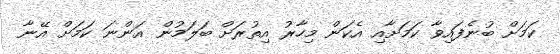
ކަމަށް ބުނެފައިވާ ކަމަށާއި އެކަން މިހާރު އިތުރަށް ބަލަމުން އަންނަ ކަމަށް އޭނާ